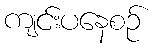
ကျင်းပနေစဉ်